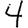
Digit: 4